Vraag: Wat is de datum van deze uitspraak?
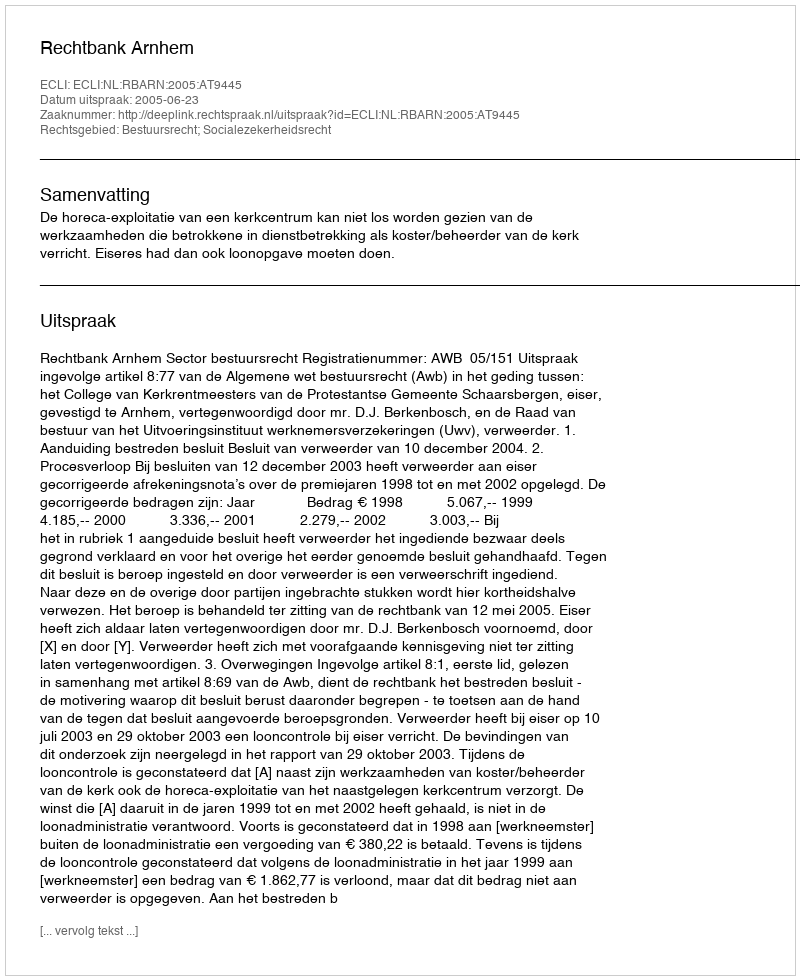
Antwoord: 2005-06-23